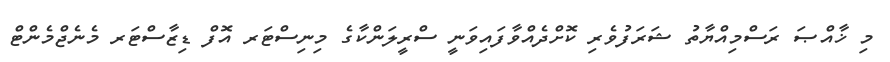
މި ޚާއްޞަ ރަސްމިއްޔާތު ޝަރަފުވެރި ކޮށްދެއްވާފައިވަނީ ސްރީލަންކާގެ މިނިސްޓަރ އޮފް ޑިޒާސްޓަރ މެނެޖްމެންޓް